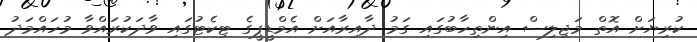
ކުރިޔަށް އޮތް މަޖިލިސް އިންތިހާބުގައި ގަމު ދާއިރާއަށް އެމްޑީޕީގެ ޓިކެޓުގައި ވާދަކުރައްވާ މުހައްމަދު